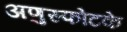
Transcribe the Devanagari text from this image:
अणुस्फोटके